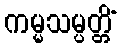
ကမ္မသမ္ပတ္တိံ